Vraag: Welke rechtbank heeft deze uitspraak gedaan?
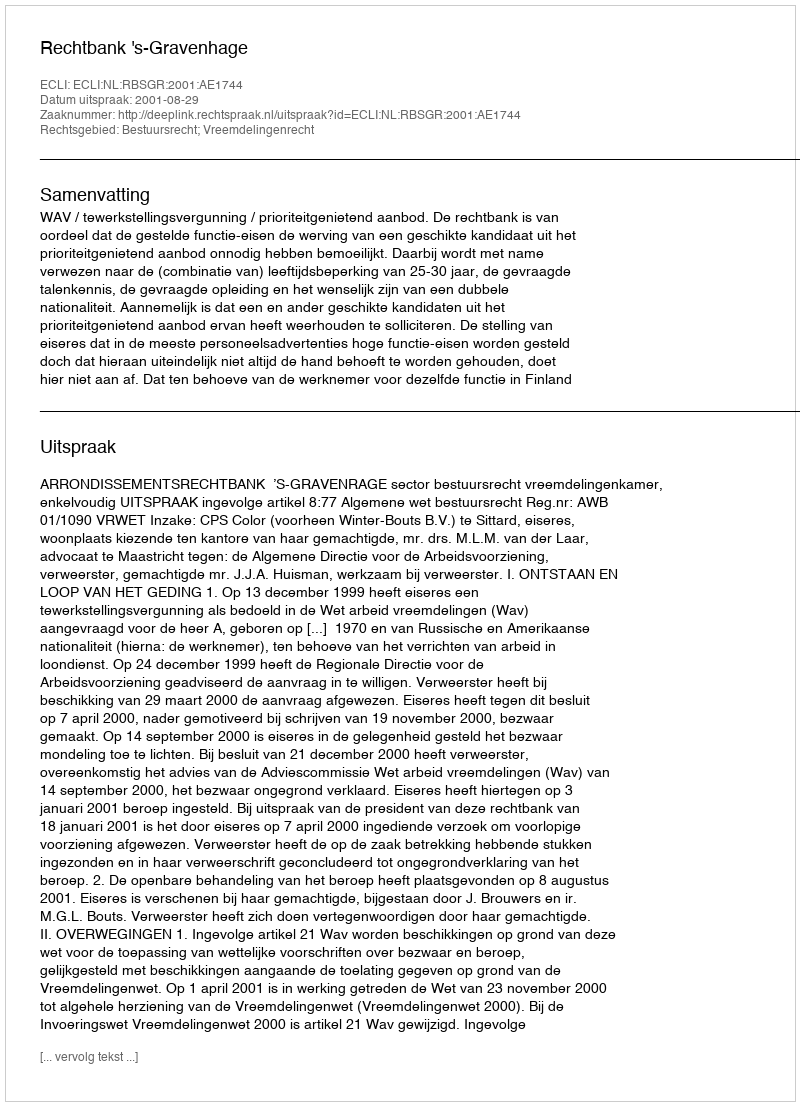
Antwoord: Rechtbank 's-Gravenhage